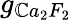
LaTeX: g_{\mathbb{C}a_{2}F_{2}}